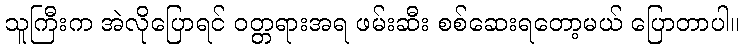
သူကြီးက အဲလိုပြောရင် ဝတ္တရားအရ ဖမ်းဆီး စစ်ဆေးရတော့မယ် ပြောတာပါ။